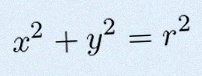
x^2+y^2=r^2